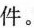
件。